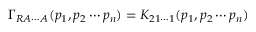
\Gamma _ { R A \cdots A } ( p _ { 1 } , p _ { 2 } \cdots p _ { n } ) = K _ { 2 1 \cdots 1 } ( p _ { 1 } , p _ { 2 } \cdots p _ { n } )